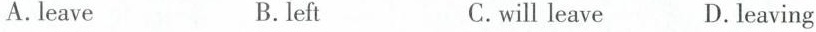
A.leave B.left C.will leave D.leaving